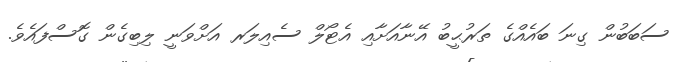
ސަބަބުން ގިނަ ބައެއްގެ ތަރުޙީބު އޭނާއަށާއި އެޓޯލް ސެއިލަރ އަށްވަނީ ލިބިގެން ގޮސްފައެވެ.